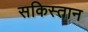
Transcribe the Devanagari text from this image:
सकिस्तान